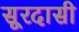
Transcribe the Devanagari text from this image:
सूरदासी